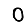
Digit: 0